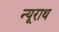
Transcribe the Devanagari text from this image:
न्यूराथ